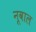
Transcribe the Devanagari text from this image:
नूवाल